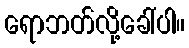
ရောဘတ်လို့ခေါ်ပါ။